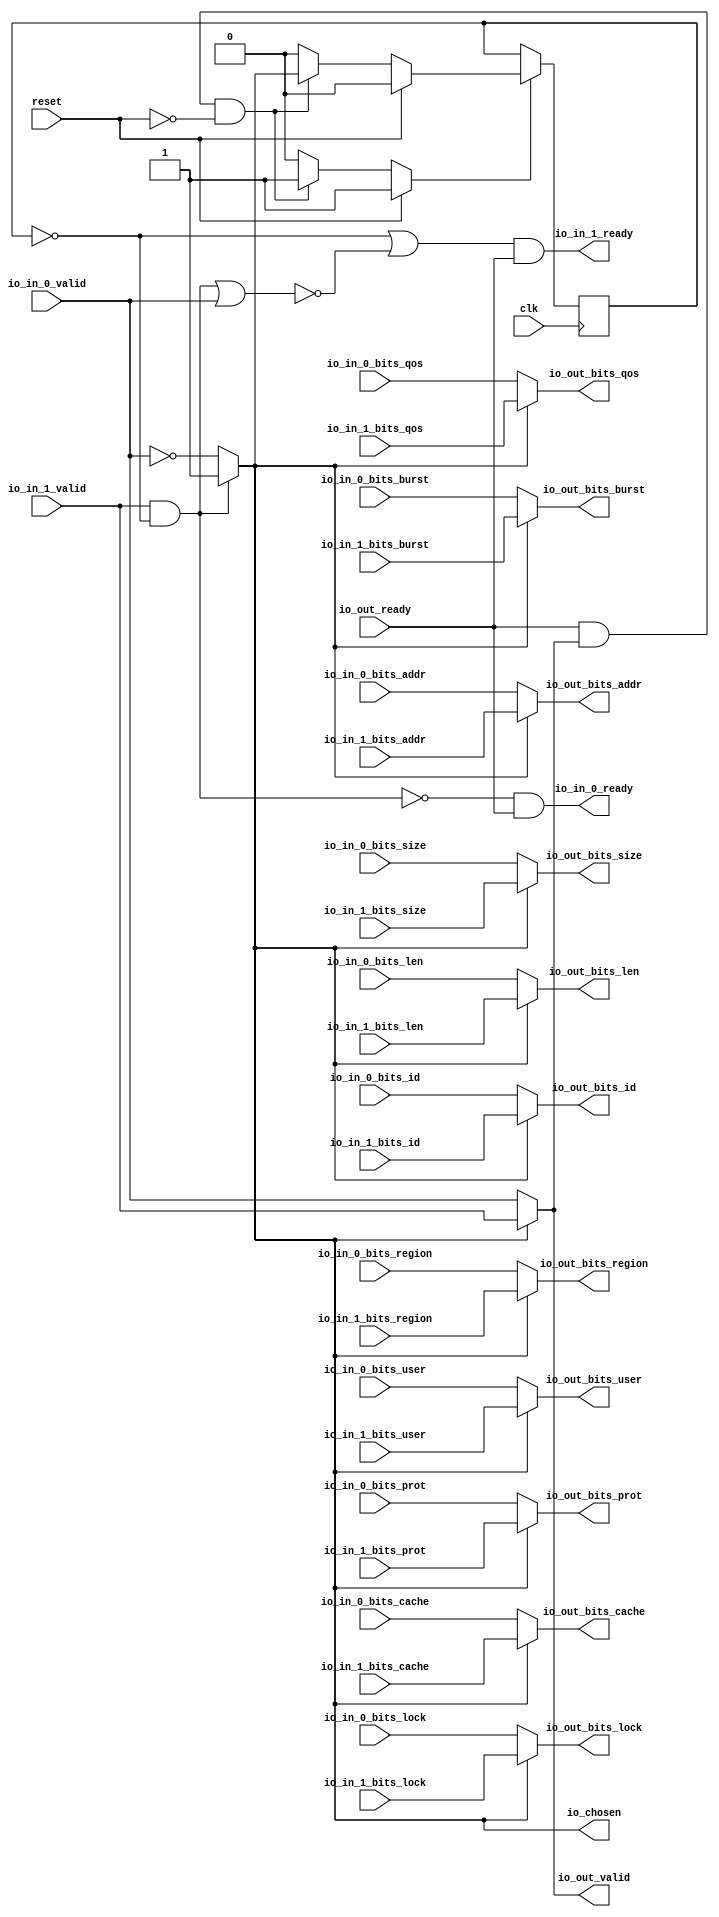
module RRArbiter_5
(
  clk,
  reset,
  io_in_1_ready,
  io_in_1_valid,
  io_in_1_bits_addr,
  io_in_1_bits_len,
  io_in_1_bits_size,
  io_in_1_bits_burst,
  io_in_1_bits_lock,
  io_in_1_bits_cache,
  io_in_1_bits_prot,
  io_in_1_bits_qos,
  io_in_1_bits_region,
  io_in_1_bits_id,
  io_in_1_bits_user,
  io_in_0_ready,
  io_in_0_valid,
  io_in_0_bits_addr,
  io_in_0_bits_len,
  io_in_0_bits_size,
  io_in_0_bits_burst,
  io_in_0_bits_lock,
  io_in_0_bits_cache,
  io_in_0_bits_prot,
  io_in_0_bits_qos,
  io_in_0_bits_region,
  io_in_0_bits_id,
  io_in_0_bits_user,
  io_out_ready,
  io_out_valid,
  io_out_bits_addr,
  io_out_bits_len,
  io_out_bits_size,
  io_out_bits_burst,
  io_out_bits_lock,
  io_out_bits_cache,
  io_out_bits_prot,
  io_out_bits_qos,
  io_out_bits_region,
  io_out_bits_id,
  io_out_bits_user,
  io_chosen
);

  input [31:0] io_in_1_bits_addr;
  input [7:0] io_in_1_bits_len;
  input [2:0] io_in_1_bits_size;
  input [1:0] io_in_1_bits_burst;
  input [3:0] io_in_1_bits_cache;
  input [2:0] io_in_1_bits_prot;
  input [3:0] io_in_1_bits_qos;
  input [3:0] io_in_1_bits_region;
  input [5:0] io_in_1_bits_id;
  input [31:0] io_in_0_bits_addr;
  input [7:0] io_in_0_bits_len;
  input [2:0] io_in_0_bits_size;
  input [1:0] io_in_0_bits_burst;
  input [3:0] io_in_0_bits_cache;
  input [2:0] io_in_0_bits_prot;
  input [3:0] io_in_0_bits_qos;
  input [3:0] io_in_0_bits_region;
  input [5:0] io_in_0_bits_id;
  output [31:0] io_out_bits_addr;
  output [7:0] io_out_bits_len;
  output [2:0] io_out_bits_size;
  output [1:0] io_out_bits_burst;
  output [3:0] io_out_bits_cache;
  output [2:0] io_out_bits_prot;
  output [3:0] io_out_bits_qos;
  output [3:0] io_out_bits_region;
  output [5:0] io_out_bits_id;
  input clk;
  input reset;
  input io_in_1_valid;
  input io_in_1_bits_lock;
  input io_in_1_bits_user;
  input io_in_0_valid;
  input io_in_0_bits_lock;
  input io_in_0_bits_user;
  input io_out_ready;
  output io_in_1_ready;
  output io_in_0_ready;
  output io_out_valid;
  output io_out_bits_lock;
  output io_out_bits_user;
  output io_chosen;
  wire [31:0] io_out_bits_addr;
  wire [7:0] io_out_bits_len;
  wire [2:0] io_out_bits_size,io_out_bits_prot;
  wire [1:0] io_out_bits_burst;
  wire [3:0] io_out_bits_cache,io_out_bits_qos,io_out_bits_region;
  wire [5:0] io_out_bits_id;
  wire io_in_1_ready,io_in_0_ready,io_out_valid,io_out_bits_lock,io_out_bits_user,
  io_chosen,N0,N1,N2,N3,N4,N5,N6,T1,N7,T2,T4,N8,T19,T26,T20,T21,T24,T22,T23,T25,T28,
  T32,T29,T30,T31,T34,T33,N9,N10,N11,N12,N13,N14,N15;
  reg last_grant;
  assign T25 = N0 & 1'b0;
  assign N0 = ~last_grant;
  assign T26 = N1 & 1'b0;
  assign N1 = ~last_grant;

  always @(posedge clk) begin
    if(N11) begin
      last_grant <= N12;
    end 
  end

  assign N15 = ~io_in_0_valid;
  assign io_chosen = (N2)? 1'b1 : 
                     (N3)? N15 : 1'b0;
  assign N2 = T1;
  assign N3 = N7;
  assign io_out_bits_user = (N4)? io_in_1_bits_user : 
                            (N5)? io_in_0_bits_user : 1'b0;
  assign N4 = io_chosen;
  assign N5 = N8;
  assign io_out_bits_id = (N4)? io_in_1_bits_id : 
                          (N5)? io_in_0_bits_id : 1'b0;
  assign io_out_bits_region = (N4)? io_in_1_bits_region : 
                              (N5)? io_in_0_bits_region : 1'b0;
  assign io_out_bits_qos = (N4)? io_in_1_bits_qos : 
                           (N5)? io_in_0_bits_qos : 1'b0;
  assign io_out_bits_prot = (N4)? io_in_1_bits_prot : 
                            (N5)? io_in_0_bits_prot : 1'b0;
  assign io_out_bits_cache = (N4)? io_in_1_bits_cache : 
                             (N5)? io_in_0_bits_cache : 1'b0;
  assign io_out_bits_lock = (N4)? io_in_1_bits_lock : 
                            (N5)? io_in_0_bits_lock : 1'b0;
  assign io_out_bits_burst = (N4)? io_in_1_bits_burst : 
                             (N5)? io_in_0_bits_burst : 1'b0;
  assign io_out_bits_size = (N4)? io_in_1_bits_size : 
                            (N5)? io_in_0_bits_size : 1'b0;
  assign io_out_bits_len = (N4)? io_in_1_bits_len : 
                           (N5)? io_in_0_bits_len : 1'b0;
  assign io_out_bits_addr = (N4)? io_in_1_bits_addr : 
                            (N5)? io_in_0_bits_addr : 1'b0;
  assign io_out_valid = (N4)? io_in_1_valid : 
                        (N5)? io_in_0_valid : 1'b0;
  assign N11 = (N6)? 1'b1 : 
               (N14)? 1'b1 : 
               (N10)? 1'b0 : 1'b0;
  assign N6 = reset;
  assign N12 = (N6)? 1'b0 : 
               (N14)? io_chosen : 1'b0;
  assign N7 = ~T1;
  assign T1 = io_in_1_valid & T2;
  assign T2 = ~last_grant;
  assign T4 = io_out_ready & io_out_valid;
  assign N8 = ~io_chosen;
  assign io_in_0_ready = T19 & io_out_ready;
  assign T19 = T26 | T20;
  assign T20 = ~T21;
  assign T21 = T24 | T22;
  assign T22 = io_in_1_valid & T23;
  assign T23 = ~last_grant;
  assign T24 = io_in_0_valid & T25;
  assign io_in_1_ready = T28 & io_out_ready;
  assign T28 = T32 | T29;
  assign T29 = ~T30;
  assign T30 = T31 | io_in_0_valid;
  assign T31 = T24 | T22;
  assign T32 = T34 & T33;
  assign T33 = ~last_grant;
  assign T34 = ~T24;
  assign N9 = T4 | reset;
  assign N10 = ~N9;
  assign N13 = ~reset;
  assign N14 = T4 & N13;

endmodule